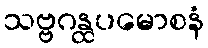
သဗ္ဗဂန္ထပမောစနံ